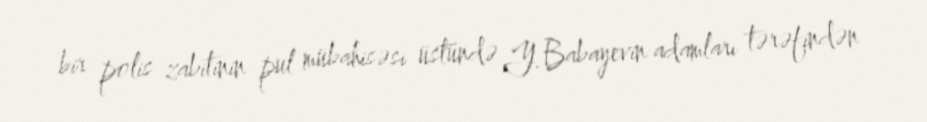
bir polis zabitinin pul mübahisəsi üstündə Y.Babayevin adamları tərəfindən